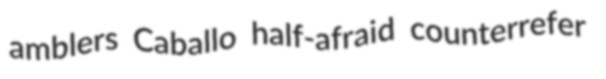
amblers Caballo half-afraid counterrefer